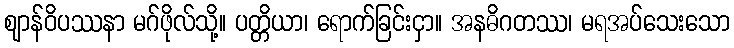
ဈာန်ဝိပဿနာ မဂ်ဖိုလ်သို့။ ပတ္တိယာ၊ ရောက်ခြင်းငှာ။ အနဓိဂတဿ၊ မရအပ်သေးသော